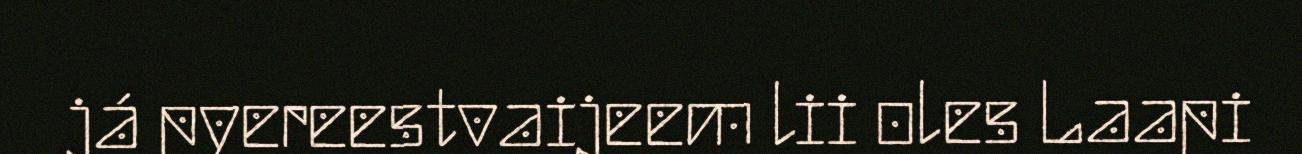
já pyereestvaijeem lii oles Laapi